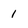
Character: 1